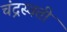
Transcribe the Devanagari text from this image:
चंद्रस्वती